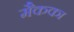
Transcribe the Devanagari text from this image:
मैकका